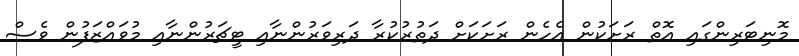
މޮނިޓަރިންގައި އޮތް ރަށަކުން އެހެން ރަށަކަށް ދަތުރުކުރާ ދަރިވަރުންނާއި ޓީޗަރުންނާއި މުވައްޒަފުން ވެސް